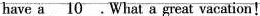
have a \underline{10} .What a great vacation!